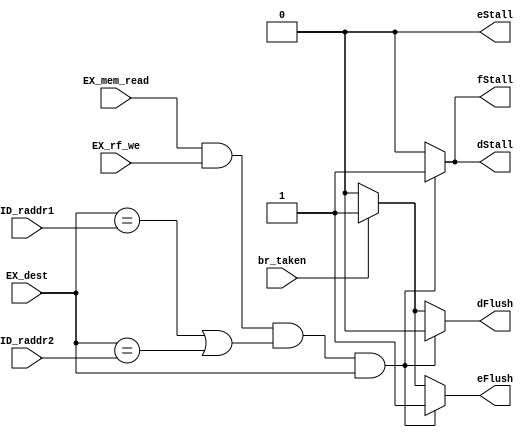
module Hazard(
    input           [ 4: 0]         ID_raddr1,
    input           [ 4: 0]         ID_raddr2,
    input           [ 4: 0]         EX_dest,
    input           [ 0: 0]         EX_mem_read,
    input           [ 0: 0]         EX_rf_we,
    input           [ 0: 0]         br_taken,

    output  reg     [ 0: 0]         dStall,
    output  reg     [ 0: 0]         dFlush,
    output  reg     [ 0: 0]         eStall,
    output  reg     [ 0: 0]         eFlush,
    output  reg     [ 0: 0]         fStall
);
    always @(*) begin
        dStall = 0;
        dFlush = 0;
        eStall = 0;
        eFlush = 0;
        fStall = 0;
        if(EX_mem_read && EX_rf_we && (EX_dest == ID_raddr1 || EX_dest == ID_raddr2) && EX_dest) begin
            eFlush = 1; // ID_EX
            dStall = 1; // IF_ID
            fStall = 1; // PC
        end
        else if(br_taken) begin
            eFlush = 1; // ID_EX
            dFlush = 1; // IF_ID
        end
    end
endmodule